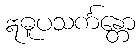
ဣဓူပသင်္ကန္တော